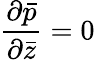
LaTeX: \frac{{\partial}\bar{p}}{{\partial}\bar{z}}=0